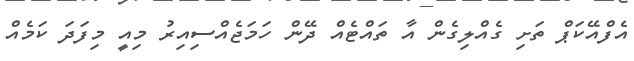
އެފްއޭކަޕް ތަށި ގެއްލިގެން އާ ތައްޓެއް ދޭން ހަމަޖެއްސިއިރު މިއީ މިފަދަ ކަމެއް